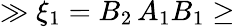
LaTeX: \gg\xi_{1}=B_{2}\, A_{1}B_{1}\geq